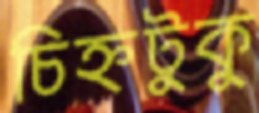
চিহ্নটুকু